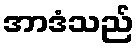
အာဒံသည်